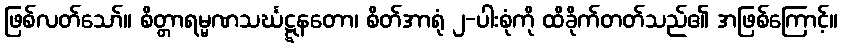
ဖြစ်လတ်သော်။ စိတ္တာရမ္မဏသင်္ဃဋ္ဋနတော၊ စိတ်အာရုံ ၂-ပါးစုံကို ထိခိုက်တတ်သည်၏ အဖြစ်ကြောင့်။